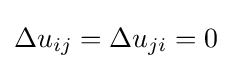
\Delta u_{ij}=\Delta u_{ji}=0